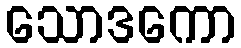
သောဒကော